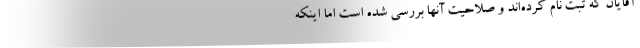
آقایان که ثبت نام کرد‌ه‌اند و صلاحیت آنها بررسی شده است اما اینکه